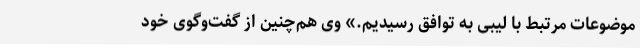
موضوعات مرتبط با لیبی به توافق رسیدیم.» وی هم‌چنین از گفت‌وگوی خود